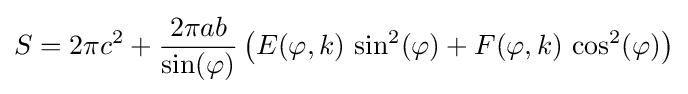
S=2\pi c^{2}+{\frac {2\pi ab}{\sin(\varphi )}}\left(E(\varphi ,k)\,\sin ^{2}(\varphi )+F(\varphi ,k)\,\cos ^{2}(\varphi )\right)